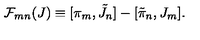
{ \cal F } _ { m n } ( J ) \equiv [ \pi _ { m } , \tilde { J } _ { n } ] - [ \tilde { \pi } _ { n } , J _ { m } ] .